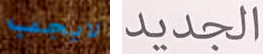
لايجب الجديد